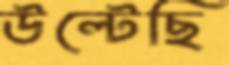
উল্‌টেছি